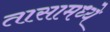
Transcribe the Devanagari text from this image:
तासामध्ये